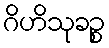
ဂိဟိသုခဉ္စ